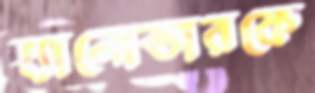
হ্যানোভারকে